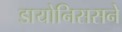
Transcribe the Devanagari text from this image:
डायोनिससने